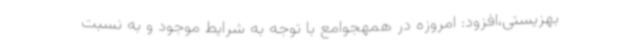
بهزیستی،افزود: امروزه در همهجوامع با توجه به شرایط موجود و به نسبت